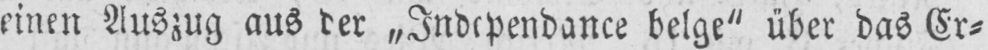
einen Auszug aus der „Independance belge“ über das Er⸗